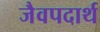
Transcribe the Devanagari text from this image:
जैवपदार्थ